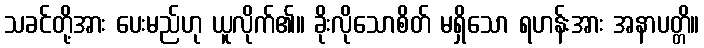
သခင်တို့အား ပေးမည်ဟု ယူလိုက်၏။ ခိုးလိုသောစိတ် မရှိသော ရဟန်းအား အနာပတ္တိ။